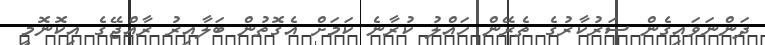
ދަންނަވައިގެން ސަރުކާރުގެ ތެރޭން ހައްލު ކުރާނެ ކަމަށް އެގޮތުން ބަލާއިރު ރާއްޖޭގެ އިކޮނޮމީ